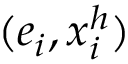
( e _ { i } , x _ { i } ^ { h } )